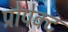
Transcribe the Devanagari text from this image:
प्रोपेक्ट